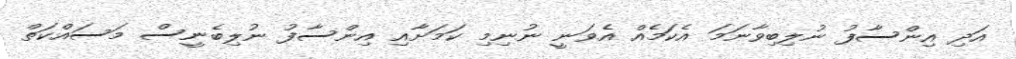
އަދި އިންސާފު ނުލިބިވާނަމަ އެކަމެއް އެވަނީ ނުނިމި ކަމަށާއި އިންސާފު ނުލިބެނީސް މަސައްކަތް